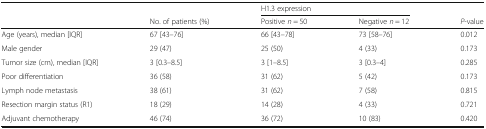
|  |  | <COLSPAN=2> H1.3 expression |  |
 |  | No. of patients (%) | Positive n = 50 | Negative n = 12 | P-value |
 | --- | --- | --- | --- | --- |
 | Age (years), median [IQR] | 67 [43–76] | 66 [43–78] | 73 [58–76] | 0.012 |
 | Male gender | 29 (47) | 25 (50) | 4 (33) | 0.173 |
 | Tumor size (cm), median [IQR] | 3 [0.3–8.5] | 3 [1–8.5] | 3 [0.3–4] | 0.285 |
 | Poor differentiation | 36 (58) | 31 (62) | 5 (42) | 0.173 |
 | Lymph node metastasis | 38 (61) | 31 (62) | 7 (58) | 0.815 |
 | Resection margin status (R1) | 18 (29) | 14 (28) | 4 (33) | 0.721 |
 | Adjuvant chemotherapy | 46 (74) | 36 (72) | 10 (83) | 0.420 |